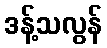
ဒန့်သလွန်